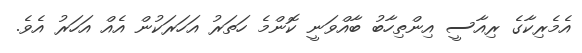
އެމެރިކާގެ ރިއާސީ އިންތިހާބު ބާއްވަނީ ކޮންމެ ހަތަރު އަހަރަކުން އެއް އަހަރު އެވެ.